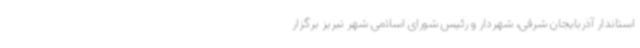
استاندار آذربایجان شرقی، شهردار و رئیس شورای اسلامی شهر تبریز برگزار